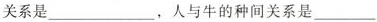
关系是___，人与牛的种间关系是___